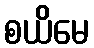
စယိမေ